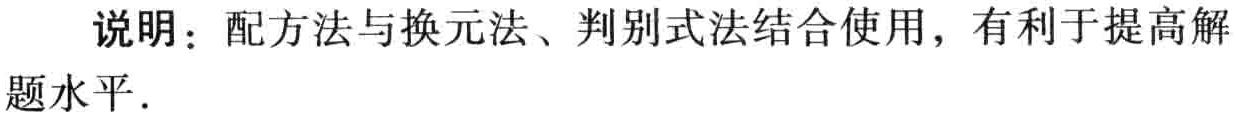
说明：配方法与换元法、判别式法结合使用，有利于提高解题水平．